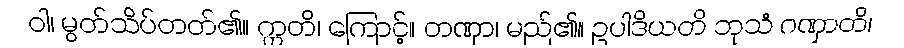
ဝါ၊ မွတ်သိပ်တတ်၏။ ဣတိ၊ ကြောင့်။ တဏှာ၊ မည်၏။ ဥပါဒိယတိ ဘုသံ ဂဏှာတိ၊